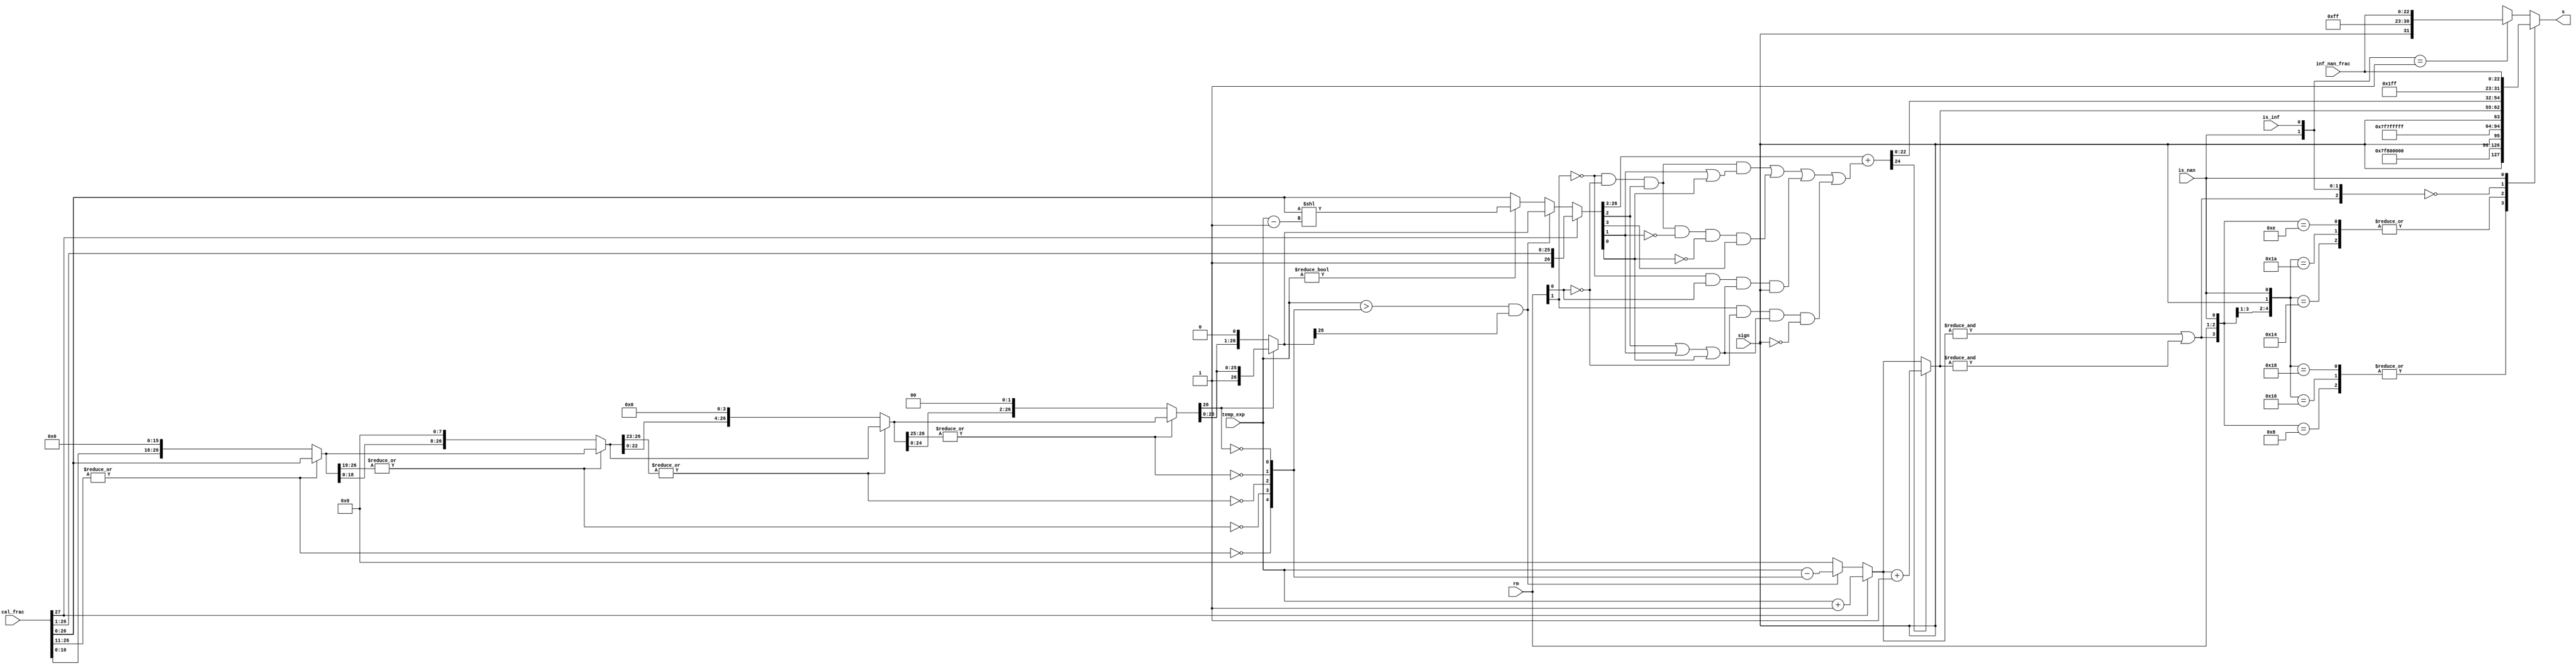
`timescale 1ns / 1ps
//////////////////////////////////////////////////////////////////////////////////
// Company: 
// Engineer: 
// 
// Design Name: 
// Module Name:    fadd_norm 
// Project Name: 
// Target Devices: 
// Tool versions: 
// Description: 
//
// Dependencies: 
//
// Revision: 
// Revision 0.01 - File Created
// Additional Comments: 
//
//////////////////////////////////////////////////////////////////////////////////
module fadd_norm (rm,is_nan,is_inf,inf_nan_frac,sign,temp_exp,cal_frac,s);
	input [27:0] cal_frac;
	input [22:0] inf_nan_frac;
	input [7:0] temp_exp;
	input [1:0] rm;
	input is_nan,is_inf;
	input sign;
	output [31:0] s;
	wire [26:0] f4,f3,f2,f1,f0;
	wire [4:0] zeros;
		assign zeros[4] = ~|cal_frac[26:11]; // 16-bit 0
		assign f4 = zeros[4]? {cal_frac[10:0],16'b0} : cal_frac[26:0];
		assign zeros[3] = ~|f4[26:19]; // 8-bit 0
		assign f3 = zeros[3]? {f4[18:0], 8'b0} : f4;
		assign zeros[2] = ~|f3[26:23]; // 4-bit 0
		assign f2 = zeros[2]? {f3[22:0], 4'b0} : f3;
		assign zeros[1] = ~|f2[26:25]; // 2-bit 0
		assign f1 = zeros[1]? {f2[24:0], 2'b0} : f2;
		assign zeros[0] = ~f1[26]; // 1-bit 0
		assign f0 = zeros[0]? {f1[25:0], 1'b0} : f1;
	reg [26:0] frac0;
	reg [7:0] exp0;
		always @ *
			begin
				if (cal_frac[27]) 
					begin
				frac0 = cal_frac[27:1]; // 1x.xxxxxxxxxxxxxxxxxxxxxxx xxx
				exp0 = temp_exp + 8'h1; // 1.xxxxxxxxxxxxxxxxxxxxxxx xxx
					end 
				else
					begin
						if ((temp_exp > zeros) && (f0[26])) 
							begin // a normalized number
								exp0 = temp_exp - zeros;
								frac0 = f0; // 01.xxxxxxxxxxxxxxxxxxxxxxx xxx
							end 
						else 
							begin // is a denormalized number or 0
								exp0 = 0;
								if (temp_exp != 0) // (e - 127) = ((e - 1) - 126)
									frac0 = cal_frac[26:0] << (temp_exp - 8'h1);
								else frac0 = cal_frac[26:0];
							end
					end
			end
	wire frac_plus_1 = // for rounding
							~rm[1] & ~rm[0] & frac0[2] & (frac0[1] | frac0[0]) |
							~rm[1] & ~rm[0] & frac0[2] & ~frac0[1] & ~frac0[0] & frac0[3] |
							~rm[1] & rm[0] & (frac0[2] | frac0[1] | frac0[0]) & sign |
							 rm[1] & ~rm[0] & (frac0[2] | frac0[1] | frac0[0]) & ~sign;
	wire [24:0] frac_round = {1'b0,frac0[26:3]} + frac_plus_1;
	wire [7:0] exponent = frac_round[24]? exp0 + 8'h1 : exp0;
	wire overflow = &exp0 | &exponent;
		assign s = final_result(overflow, rm, sign, is_nan, is_inf, exponent,
										frac_round[22:0], inf_nan_frac);
		function [31:0] final_result;
			input overflow;
			input [1:0] rm;
			input sign, is_nan, is_inf;
			input [7:0] exponent;
			input [22:0] fraction, inf_nan_frac;
				casex ({overflow, rm, sign, is_nan, is_inf})
					6'b1_00_x_0_x : final_result = {sign,8'hff,23'h000000}; // inf
					6'b1_01_0_0_x : final_result = {sign,8'hfe,23'h7fffff}; // max
					6'b1_01_1_0_x : final_result = {sign,8'hff,23'h000000}; // inf
					6'b1_10_0_0_x : final_result = {sign,8'hff,23'h000000}; // inf
					6'b1_10_1_0_x : final_result = {sign,8'hfe,23'h7fffff}; // max
					6'b1_11_x_0_x : final_result = {sign,8'hfe,23'h7fffff}; // max
					6'b0_xx_x_0_0 : final_result = {sign,exponent,fraction}; // nor
					6'bx_xx_x_1_x : final_result = {1'b1,8'hff,inf_nan_frac}; // nan
					6'bx_xx_x_0_1 : final_result = {sign,8'hff,inf_nan_frac}; // inf
					default : final_result = {sign,8'h00,23'h000000}; // 0
				endcase
		endfunction
endmodule